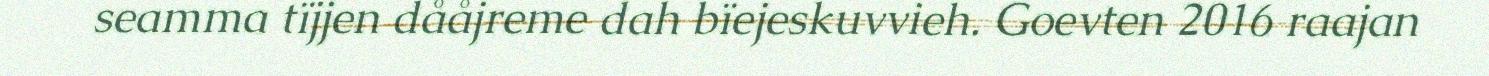
seamma tïjjen dååjreme dah bïejeskuvvieh. Goevten 2016 raajan